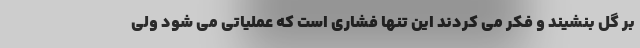
بر گل بنشیند و فکر می کردند این تنها فشاری است که عملیاتی می شود ولی